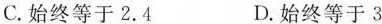
C.始终等于2.4 D.始终等于3